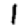
Digit: 1